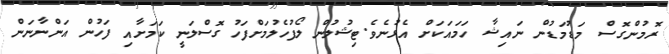
ރޮމުންގޮސް މަޑުމަޑުން ނައިޝާ ހަމައަކަށް އެޅުނެވެ.ޓިޝުލުން ލޯފުހެލުމަށްފަހު ގޮސްލަނީ ކަމަށާއި ފަހުން އަންނާނަން